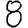
Digit: 8